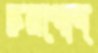
চরপোদ্